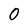
Character: 0